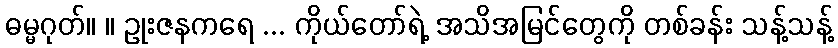
ဓမ္မဂုတ်။ ။ ဥုးဇနကရေ ... ကိုယ်တော်ရဲ့ အသိအမြင်တွေကို တစ်ခန်း သန့်သန့်